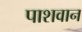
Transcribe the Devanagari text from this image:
पाशवान